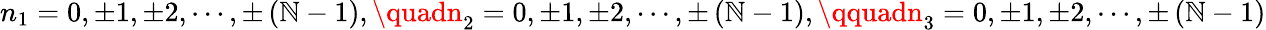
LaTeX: n_{1}=0,\pm1,\pm2,\cdots,\pm\left(\mathbb{N}-1\right),\quadn_{2}=0,\pm1,\pm2,\cdots,\pm\left(\mathbb{N}-1\right),\qquadn_{3}=0,\pm1,\pm2,\cdots,\pm\left(\mathbb{N}-1\right)